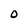
Character: o